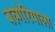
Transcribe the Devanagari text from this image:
बल्गेरियाला